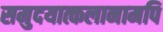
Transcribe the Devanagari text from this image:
समुदयात्कलानामपि